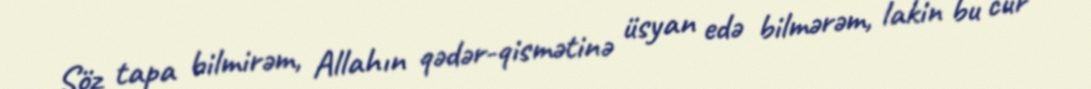
Söz tapa bilmirəm, Allahın qədər-qismətinə üsyan edə bilmərəm, lakin bu cür